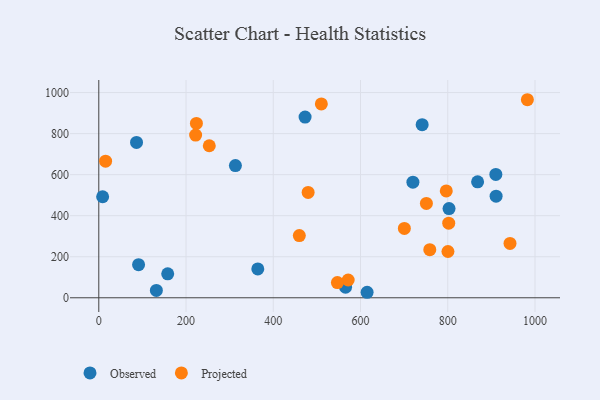
{"axis": {"x": "Ad Spend", "y": "Fuel Efficiency"}, "legend": ["Observed", "Projected"], "data": [{"x": "565.7", "y": 51.5, "type": "Observed"}, {"x": "802.9", "y": 434.7, "type": "Observed"}, {"x": "720.1", "y": 563.4, "type": "Observed"}, {"x": "313.2", "y": 644.2, "type": "Observed"}, {"x": "615.1", "y": 26.8, "type": "Observed"}, {"x": "472.9", "y": 880.6, "type": "Observed"}, {"x": "132.0", "y": 35.7, "type": "Observed"}, {"x": "910.2", "y": 601.3, "type": "Observed"}, {"x": "868.4", "y": 564.8, "type": "Observed"}, {"x": "91.2", "y": 161.3, "type": "Observed"}, {"x": "741.3", "y": 843.3, "type": "Observed"}, {"x": "364.5", "y": 140.8, "type": "Observed"}, {"x": "158.0", "y": 116.7, "type": "Observed"}, {"x": "8.8", "y": 492.2, "type": "Observed"}, {"x": "86.5", "y": 756.8, "type": "Observed"}, {"x": "910.8", "y": 495.3, "type": "Observed"}, {"x": "571.7", "y": 86.5, "type": "Projected"}, {"x": "800.4", "y": 225.6, "type": "Projected"}, {"x": "751.0", "y": 459.8, "type": "Projected"}, {"x": "942.7", "y": 264.8, "type": "Projected"}, {"x": "479.9", "y": 513.6, "type": "Projected"}, {"x": "253.3", "y": 740.7, "type": "Projected"}, {"x": "223.8", "y": 849.8, "type": "Projected"}, {"x": "15.6", "y": 665.7, "type": "Projected"}, {"x": "700.5", "y": 338.1, "type": "Projected"}, {"x": "459.7", "y": 303.1, "type": "Projected"}, {"x": "758.8", "y": 234.3, "type": "Projected"}, {"x": "222.0", "y": 792.8, "type": "Projected"}, {"x": "982.5", "y": 965.1, "type": "Projected"}, {"x": "796.6", "y": 520.8, "type": "Projected"}, {"x": "547.0", "y": 74.3, "type": "Projected"}, {"x": "510.2", "y": 944.4, "type": "Projected"}, {"x": "802.2", "y": 363.3, "type": "Projected"}]}